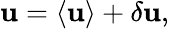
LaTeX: \boldsymbol{\mathbf{u}}=\langle\boldsymbol{\mathbf{u}}\rangle+\delta\boldsymbol{\mathbf{u}},